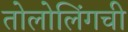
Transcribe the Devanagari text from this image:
तोलोलिंगची